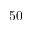
5 0